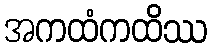
အကထံကထိဿ